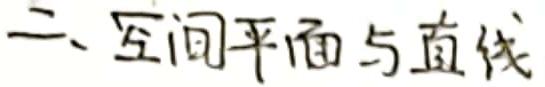
二、空间平面与直线